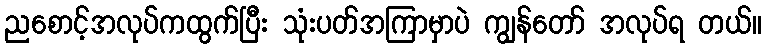
ညစောင့်အလုပ်ကထွက်ပြီး သုံးပတ်အကြာမှာပဲ ကျွန်တော် အလုပ်ရ တယ်။